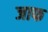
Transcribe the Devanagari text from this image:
जाफ